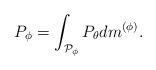
LaTeX: \begin{align*}P_{\phi} = \int_{\mathcal{P}_{\phi}} P_{\theta} dm^{(\phi)}. \end{align*}